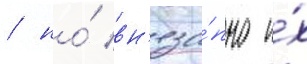
/ но́ вн'еза́пно и́х